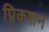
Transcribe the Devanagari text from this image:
प्रिकशन